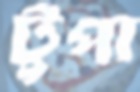
টুপা